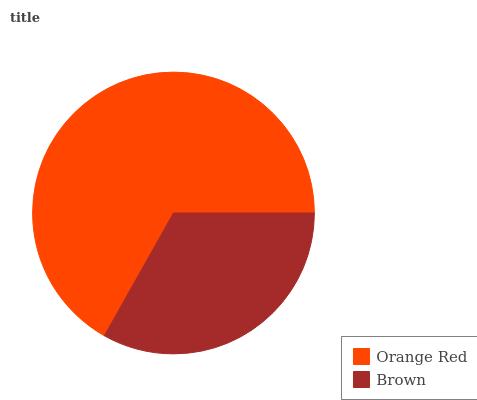
| Orange Red | Brown |
 | --- | --- |
 | 66.9% | 33.1% |